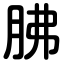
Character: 胇